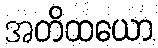
အတိထယော